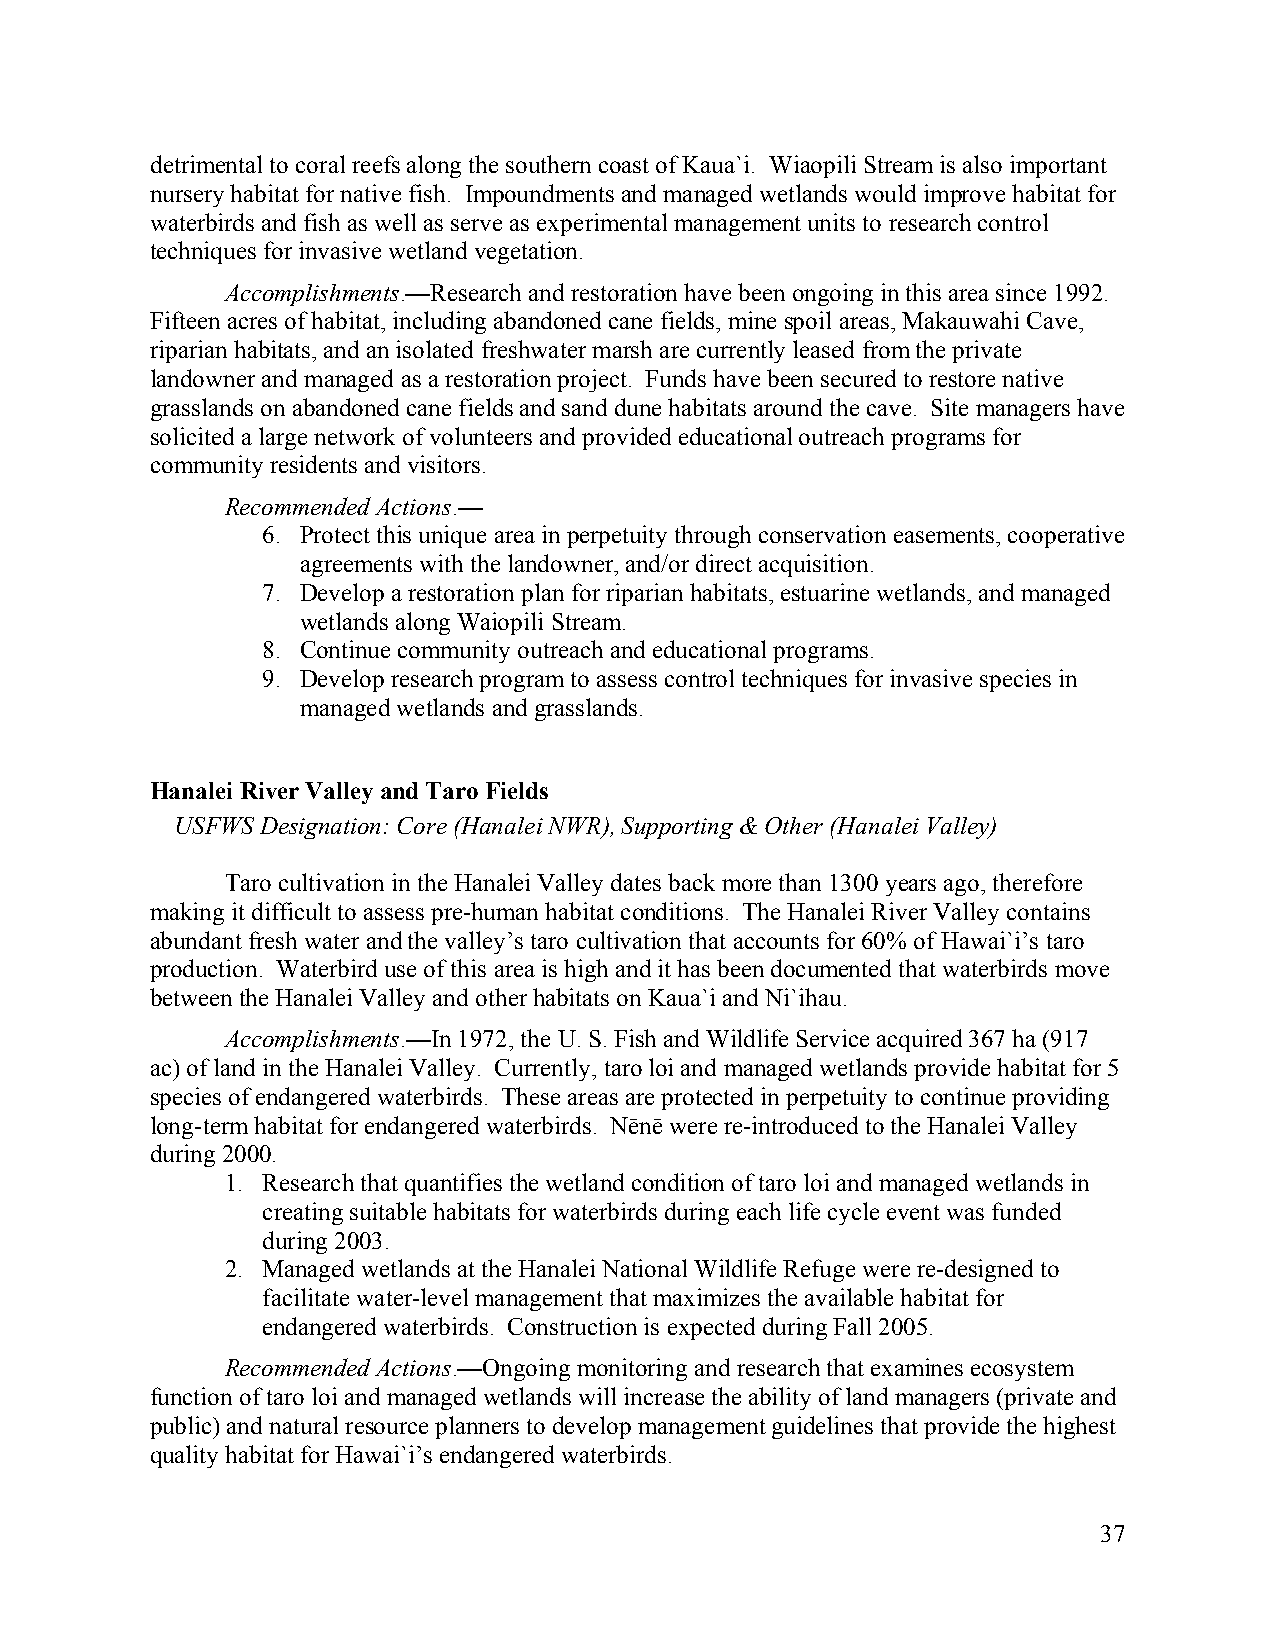
detrimental to coral reefs along the southern coast of Kaua`i. Wiaopili Stream is also important
 nursery habitat for native fish. Impoundments and managed wetlands would improve habitat for
 waterbirds and fish as well as serve as experimental management units to research control
 techniques for invasive wetland vegetation.
 Accomplishments.—Research and restoration have been ongoing in this area since 1992.
 Fifteen acres of habitat, including abandoned cane fields, mine spoil areas, Makauwahi Cave,
 riparian habitats, and an isolated freshwater marsh are currently leased from the private
 landowner and managed as a restoration project. Funds have been secured to restore native
 grasslands on abandoned cane fields and sand dune habitats around the cave. Site managers have
 solicited a large network of volunteers and provided educational outreach programs for
 community residents and visitors.
 Recommended Actions.—
 6. Protect this unique area in perpetuity through conservation easements, cooperative
 agreements with the landowner, and/or direct acquisition.
 7. Develop a restoration plan for riparian habitats, estuarine wetlands, and managed
 wetlands along Waiopili Stream.
 8. Continue community outreach and educational programs.
 9. Develop research program to assess control techniques for invasive species in
 managed wetlands and grasslands.
 Hanalei River Valley and Taro Fields
 USFWS Designation: Core (Hanalei NWR), Supporting & Other (Hanalei Valley)
 Taro cultivation in the Hanalei Valley dates back more than 1300 years ago, therefore
 making it difficult to assess pre-human habitat conditions. The Hanalei River Valley contains
 abundant fresh water and the valley’s taro cultivation that accounts for 60% of Hawai`i’s taro
 production. Waterbird use of this area is high and it has been documented that waterbirds move
 between the Hanalei Valley and other habitats on Kaua`i and Ni`ihau.
 Accomplishments.—In 1972, the U. S. Fish and Wildlife Service acquired 367 ha (917
 ac) of land in the Hanalei Valley. Currently, taro loi and managed wetlands provide habitat for 5
 species of endangered waterbirds. These areas are protected in perpetuity to continue providing
 long-term habitat for endangered waterbirds. Nēnē were re-introduced to the Hanalei Valley
 during 2000.
 1. Research that quantifies the wetland condition of taro loi and managed wetlands in
 creating suitable habitats for waterbirds during each life cycle event was funded
 during 2003.
 2. Managed wetlands at the Hanalei National Wildlife Refuge were re-designed to
 facilitate water-level management that maximizes the available habitat for
 endangered waterbirds. Construction is expected during Fall 2005.
 Recommended Actions.—Ongoing monitoring and research that examines ecosystem
 function of taro loi and managed wetlands will increase the ability of land managers (private and
 public) and natural resource planners to develop management guidelines that provide the highest
 quality habitat for Hawai`i’s endangered waterbirds.
 37